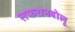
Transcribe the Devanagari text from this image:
सफरानबोलू